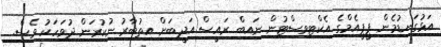
އަޅުގަނޑުމެން ޕީޕީއެމްގެ އެކްޓިވިސްޓުން ނައިބް ރައީސް އަދީބަށް އިތުބާރު ނުކުރަން ދުވަހަކު ވެސް.